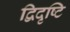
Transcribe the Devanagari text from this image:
द्विदृष्टि